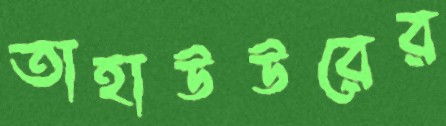
তাহাউউরের